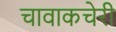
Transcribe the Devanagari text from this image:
चावाकचेरी